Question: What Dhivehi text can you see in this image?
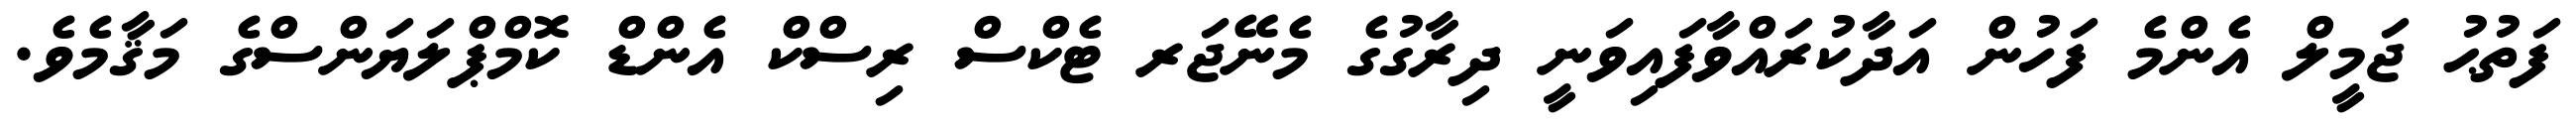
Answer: ފަތުޙު ޖަމީލް އެންމެ ފަހުން އަދާކުރައްވާފައިވަނީ ދިރާގުގެ މެނޭޖަރ ޓެކްސް ރިސްކް އެންޑް ކޮމްޕްލަޔަންސްގެ މަޤާމެވެ.